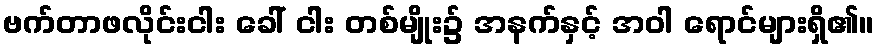
ဗက်တာဖလိုင်းငါး ခေါ် ငါး တစ်မျိုး၌ အနက်နှင့် အဝါ ရောင်များရှိ၏။